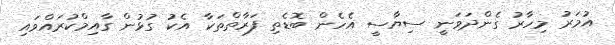
އުމަރު މިހާރު ގެންދަވަނީ ސިޔާސީ އެހެން ބޮޑެތި ފަރާތްތަކާ އެކު ގުޅުން ގާއިމްކުރައްވައި